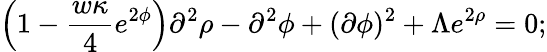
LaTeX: \left(1-\frac{w\kappa}{4}e^{2\phi}\right)\partial^{2}\rho-\partial^{2}\phi+(\partial\phi)^{2}+\Lambda e^{2\rho}=0;